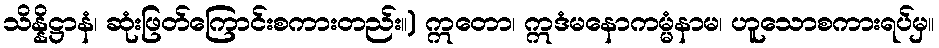
သိန္နိဋ္ဌာနံ၊ ဆုံးဖြတ်ကြောင်းစကားတည်း။) ဣတော၊ ဣဒံမနောကမ္မံနာမ၊ ဟူသောစကားရပ်မှ။